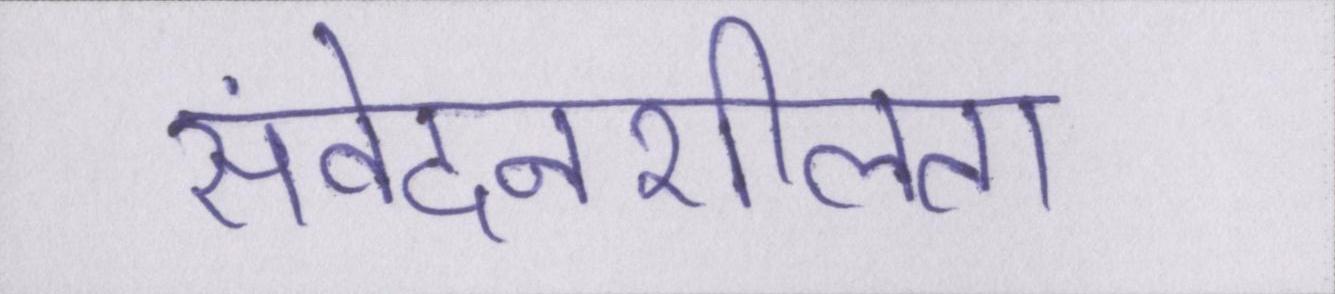
संवेदनशीलता